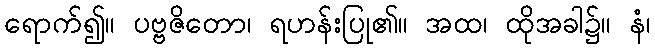
ရောက်၍။ ပဗ္ဗဇိတော၊ ရဟန်းပြု၏။ အထ၊ ထိုအခါ၌။ နံ၊